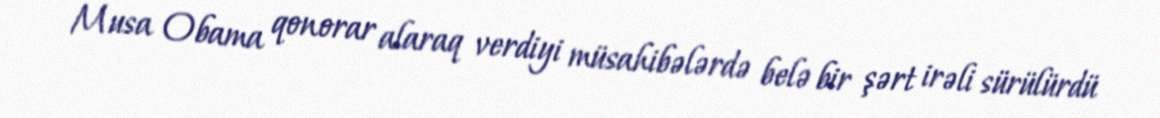
Musa Obama qonorar alaraq verdiyi müsahibələrdə belə bir şərt irəli sürülürdü